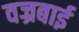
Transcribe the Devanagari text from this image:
वज्रबाई